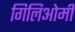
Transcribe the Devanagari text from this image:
गिलिओमी